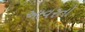
આવરતો